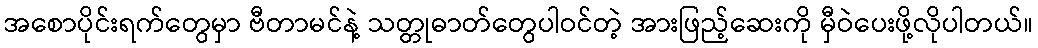
အစောပိုင်းရက်တွေမှာ ဗီတာမင်နဲ့ သတ္တုဓာတ်တွေပါဝင်တဲ့ အားဖြည့်ဆေးကို မှီဝဲပေးဖို့လိုပါတယ်။